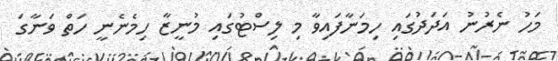
މަހު ނެރުނު އަދަދުގައި ހިމަނާފައިވާ މި ލިސްޓުގައި މުނީޒާ ހިމެނެނީ ހަތް ވަނާގަ